Vaccination in Burma 1920-1933 - 1920-1933
Year: 1920
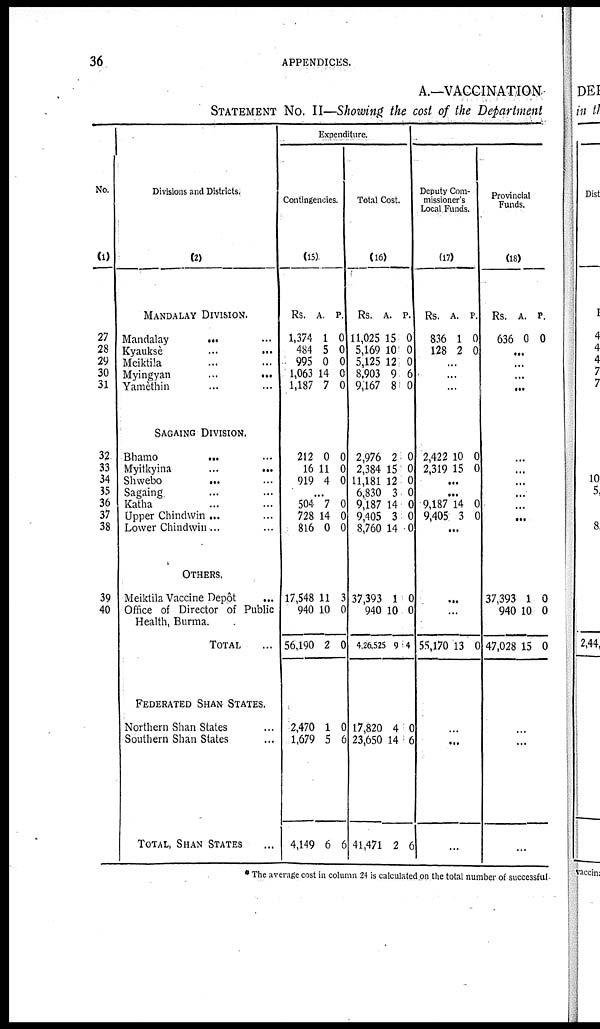
36
APPENDICES.
A.—VACCINATION.
STATEMENT NO. II—Showing the cost of the Department
No.
(1)
27
28
29
30
31
32
33
34
35
36
37
38
39
40
Divisions and Districts,
(2)
MANDALAY DIVISION.
Mandalay
...
...
Kyaukse
...
...
Meiktila ... ...
Myingyan
...
...
Yamèthin ... ...
SAGAING DIVISION.
Bhamo
...
...
Myitkyina
...
...
Shwebo
...
...
Sagaing ... ...
Katha ... ...
Upper Chindwin ... ...
Lower Chindwin ... ...
OTHERS.
Meiktila Vaccine Depôt
...
Office of Director of Public
Health, Burma.
TOTAL ...
FEDERATED SHAN STATES.
Northern Shan States ...
Southern Shan Slates ...
TOTAL, SHAN STATES ...
Expenditure.
Contingencies.
(15)
Rs.
1,374
484
995
1,063
1,187
A.
1
5
0
14
7
P.
0
0
0
0
0
212
16
919
0
11
4
0
0
0
...
504
728
816
7
14
0
0
0
0
17,548
940
56,190
2,470
1,679
4,149
11
10
2
1
5
6
3
0
0
0
6
6
Total Cost.
(16)
Rs.
11,025
5,169
5,125
8,903
9,167
A.
15
10
12
9
8
P.
0
0
0
6
0
2,976
2,384
11,181
6,830
9,187
9,405
8,760
2
15
12
3
14
3
14
0
0
0
0
0
0
0
37,393
940
4,26,525
1
10
9
0
0
4
17,820
23,650
41,471
4
14
2
0
6
6
Deputy Com-
missioner's
Local Funds.
(17)
Rs.
836
128
A.
1
2
P.
0
0
...
...
...
2,422
2,319
10
15
0
0
...
...
9,187
9,405
14
3
0
0
...
...
...
55,170 13 0
...
...
...
Provincial
Funds.
(18)
Rs.
636
A.
0
P.
0
...
...
...
...
...
...
...
...
...
...
...
37,393
940
47,028
1
10
15
0
0
0
...
...
...
* The average cost in column 24 is calculated on the total number of successful.